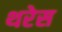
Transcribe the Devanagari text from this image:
थरेस